Triennial report on the lunatic asylums in the province of Eastern Bengal and Assam - 1903-1911
Year: 1903
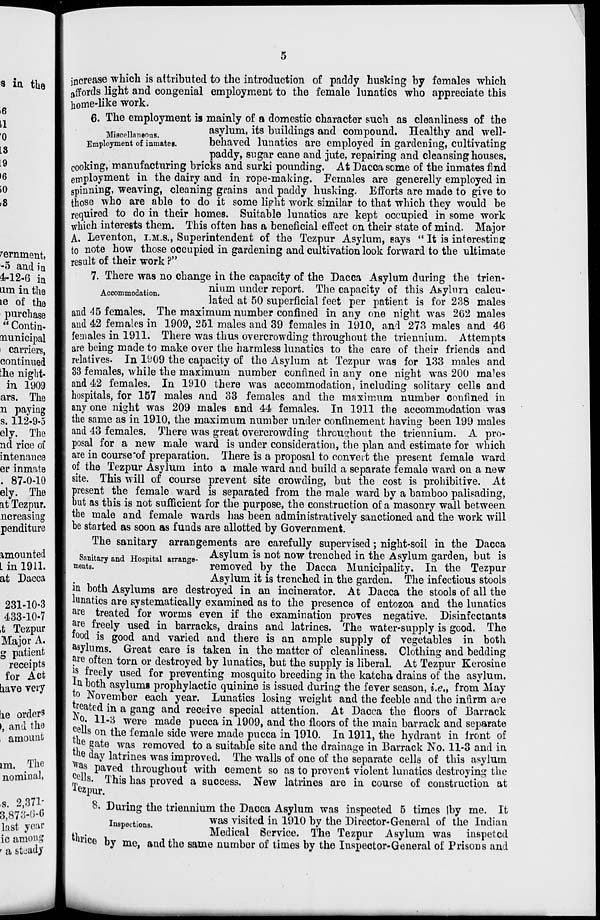
5
increase which is attributed to the introduction of paddy husking by females which
affords light and congenial employment to the female lunatics who appreciate this
home-like work.
Miscellaneous.
Employment of inmates.
6. The employment is mainly of a domestic character such as cleanliness of the
asylum, its buildings and compound. Healthy and well-
behaved lunatics are employed in gardening, cultivating
paddy, sugar cane and jute, repairing and cleansing houses,
cooking, manufacturing bricks and surki pounding. At Dacca some of the inmates find
employment in the dairy and in rope-making. Females are generelly employed in
spinning, weaving, cleaning grains and paddy husking. Efforts are made to give to
those who are able to do it some light work similar to that which they would be
required to do in their homes. Suitable lunatics are kept occupied in some work
which interests them. This often has a beneficial effect on their state of mind. Major
A. Leventon, I.M.S., Superintendent of the Tezpur Asylum, says "It is interesting
to note how those occupied in gardening and cultivation look forward to the ultimate
result of their work ?"
Accommodation.
7. There was no change in the capacity of the Dacca Asylum during the trien-
nium under report. The capacity of this Asylum calcu-
lated at 50 superficial feet per patient is for 238 males
and 45 females. The maximum number confined in any one night was 262 males
and 42 females in 1909, 251 males and 39 females in 1910, and 273 males and 46
females in 1911. There was thus overcrowding throughout the triennium. Attempts
are being made to make over the harmless lunatics to the care of their friends and
relatives. In 1909 the capacity of the Asylum at Tezpur was for 133 males and
33 females, while the maximum number confined in any one night was 200 males
and 42 females. In 1910 there was accommodation, including solitary cells and
hospitals, for 157 males and 33 females and the maximum number confined in
any one night was 209 males and 44 females. In 1911 the accommodation was
the same as in 1910, the maximum number under confinement having been 199 males
and 43 females. There was great overcrowding throughout the triennium. A pro-
posal for a new male ward is under consideration, the plan and estimate for which
are in course of preparation. There is a proposal to convert the present female ward
of the Tezpur Asylum into a male ward and build a separate female ward on a new
site. This will of course prevent site crowding, but the cost is prohibitive. At
present the female ward is separated from the male ward by a bamboo palisading,
but as this is not sufficient for the purpose, the construction of a masonry wall between
the male and female wards has been administratively sanctioned and the work will
be started as soon as funds are allotted by Government.
Sanitary and Hospital arrange-
ments.
The sanitary arrangements are carefully supervised; night-soil in the Dacca
Asylum is not now trenched in the Asylum garden, but is
removed by the Dacca Municipality. In the Tezpur
Asylum it is trenched in the garden. The infectious stools
in both Asylums are destroyed in an incinerator. At Dacca the stools of all the
lunatics are systematically examined as to the presence of entozoa and the lunatics
are treated for worms even if the examination proves negative. Disinfectants
are freely used in barracks, drains and latrines. The water-supply is good. The
food is good and varied and there is an ample supply of vegetables in both
asylums. Great care is taken in the matter of cleanliness. Clothing and bedding
are often torn or destroyed by lunatics, but the supply is liberal. At Tezpur Kerosine
is freely used for preventing mosquito breeding in the katcha drains of the asylum.
In both asylums prophylactic quinine is issued during the fever season, i.e., from May
to November each year. Lunatics losing weight and the feeble and the infirm are
treated in a gang and receive special attention. At Dacca the floors of Barrack
No. 11-3 were made pucca in 1909, and the floors of the main barrack and separate
cells on the female side were made pucca in 1910. In 1911, the hydrant in front of
the gate was removed to a suitable site and the drainage in Barrack No. 11-3 and in
the day latrines was improved. The walls of one of the separate cells of this asylum
was paved throughout with cement so as to prevent violent lunatics destroying the
cells. This has proved a success. New latrines are in course of construction at
Tezpur.
Inspections.
8. During the triennium the Dacca Asylum was inspected 5 times by me. It
was visited in 1910 by the Director-General of the Indian
Medical Service. The Tezpur Asylum was inspeted
thrice by me, and the same number of times by the Inspector-General of Prisons and